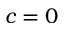
c = 0